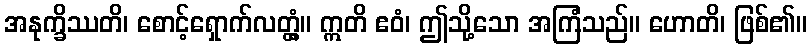
အနုက္ခိဿတိ၊ စောင့်ရှောက်လတ္တံ့။ ဣတိ ဧဝံ၊ ဤသို့သော အကြံသည်။ ဟောတိ၊ ဖြစ်၏။